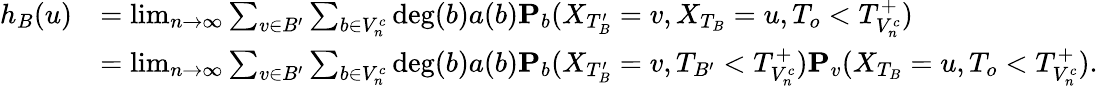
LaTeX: \begin{array}{rl}{h_{B}(u)}&{=\operatorname*{lim}_{n\to\infty}\sum_{v\in B^{\prime}}\sum_{b\in V_{n}^{c}}\deg(b)a(b)\mathbf{P}_{b}(X_{T_{B}^{\prime}}=v,X_{T_{B}}=u,T_{o}<T_{V_{n}^{c}}^{+})}\\ &{=\operatorname*{lim}_{n\to\infty}\sum_{v\in B^{\prime}}\sum_{b\in V_{n}^{c}}\deg(b)a(b)\mathbf{P}_{b}(X_{T_{B}^{\prime}}=v,T_{B^{\prime}}<T_{V_{n}^{c}}^{+})\mathbf{P}_{v}(X_{T_{B}}=u,T_{o}<T_{V_{n}^{c}}^{+}).}\end{array}